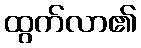
ထွက်လာ၏